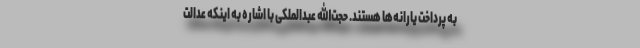
به پرداخت یارانه‌ها هستند. حجت‌الله عبدالملکی با اشاره به اینکه عدالت